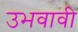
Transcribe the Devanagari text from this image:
उभवावी